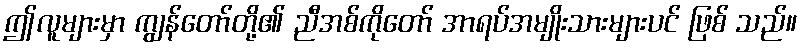
ဤလူများမှာ ကျွန်တော်တို့၏ ညီအစ်ကိုတော် အာရပ်အမျိုးသားများပင် ဖြစ် သည်။